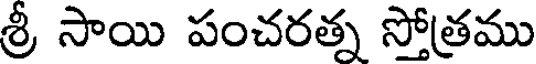
శ్రీ సాయి పంచరత్న స్తోత్రము